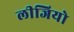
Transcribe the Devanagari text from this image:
लीजियो